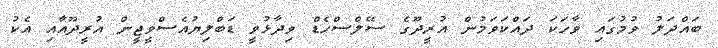
ބައްދަލު ވުމުގައި ވާހަކަ ދައްކަވަމުން އުރީދޫގެ ސޭލްސްހެޑް ވިދާޅުވީ ޑަބްލިޔުއެސްވީޖީން އުރީދޫއާއި އެކު